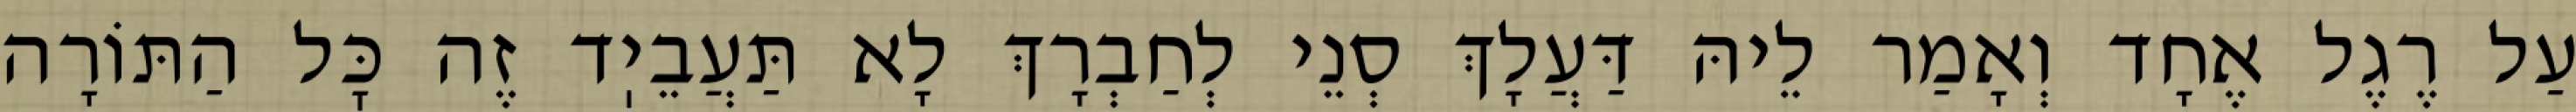
עַל רֶגֶל אֶחָד וְאָמַר לֵיהּ דַּעֲלָךְ סְנֵי לְחַבְרָךְ לָא תַּעֲבֵיֽד זֶה כׇּל הַתּוֹרָה